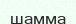
шамма